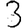
Digit: 3